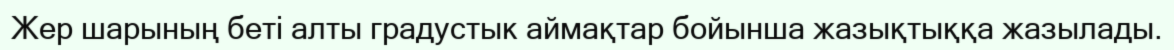
Жер шарының беті алты градустык аймақтар бойынша жазықтыққа жазылады.